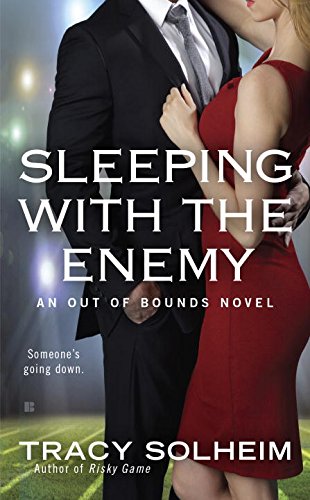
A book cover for Sleeping with the Enemy (An Out of Bounds Novel); Tracy Solheim; Romance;